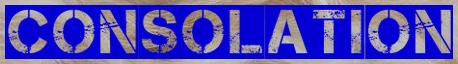
CONSOLATION